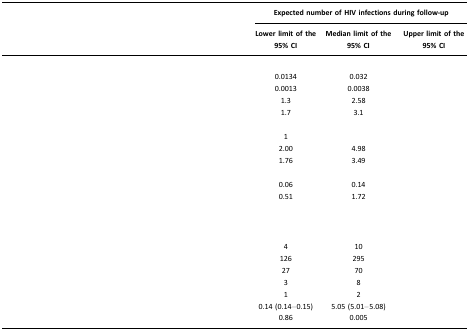
<table><thead><tr><td>[EMPTY_CELL]</td><td colspan="3"><b>Expected number of HIV infections during follow-up</b></td></tr><tr><td>[EMPTY_CELL]</td><td><b>Lower limit of the 95% CI</b></td><td><b>Median limit of the 95% CI</b></td><td><b>Upper limit of the 95% CI</b></td></tr></thead><tbody><tr><td colspan="4">[EMPTY_CELL]</td></tr><tr><td>[EMPTY_CELL]</td><td>0.0134</td><td>0.032</td><td>[EMPTY_CELL]</td></tr><tr><td>[EMPTY_CELL]</td><td>0.0013</td><td>0.0038</td><td>[EMPTY_CELL]</td></tr><tr><td>[EMPTY_CELL]</td><td>1.3</td><td>2.58</td><td>[EMPTY_CELL]</td></tr><tr><td>[EMPTY_CELL]</td><td>1.7</td><td>3.1</td><td>[EMPTY_CELL]</td></tr><tr><td>[EMPTY_CELL]</td><td>[EMPTY_CELL]</td><td>[EMPTY_CELL]</td><td>[EMPTY_CELL]</td></tr><tr><td>[EMPTY_CELL]</td><td>1</td><td>[EMPTY_CELL]</td><td>[EMPTY_CELL]</td></tr><tr><td>[EMPTY_CELL]</td><td>2.00</td><td>4.98</td><td>[EMPTY_CELL]</td></tr><tr><td>[EMPTY_CELL]</td><td>1.76</td><td>3.49</td><td>[EMPTY_CELL]</td></tr><tr><td>[EMPTY_CELL]</td><td>[EMPTY_CELL]</td><td>[EMPTY_CELL]</td><td>[EMPTY_CELL]</td></tr><tr><td>[EMPTY_CELL]</td><td>0.06</td><td>0.14</td><td>[EMPTY_CELL]</td></tr><tr><td>[EMPTY_CELL]</td><td>0.51</td><td>1.72</td><td>[EMPTY_CELL]</td></tr><tr><td colspan="4">[EMPTY_CELL]</td></tr><tr><td>[EMPTY_CELL]</td><td>[EMPTY_CELL]</td><td>[EMPTY_CELL]</td><td>[EMPTY_CELL]</td></tr><tr><td>[EMPTY_CELL]</td><td>4</td><td>10</td><td>[EMPTY_CELL]</td></tr><tr><td>[EMPTY_CELL]</td><td>126</td><td>295</td><td>[EMPTY_CELL]</td></tr><tr><td>[EMPTY_CELL]</td><td>27</td><td>70</td><td>[EMPTY_CELL]</td></tr><tr><td>[EMPTY_CELL]</td><td>3</td><td>8</td><td>[EMPTY_CELL]</td></tr><tr><td>[EMPTY_CELL]</td><td>1</td><td>2</td><td>[EMPTY_CELL]</td></tr><tr><td>[EMPTY_CELL]</td><td>0.14 (0.14–0.15)</td><td>5.05 (5.01–5.08)</td><td>[EMPTY_CELL]</td></tr><tr><td>[EMPTY_CELL]</td><td>0.86</td><td>0.005</td><td>[EMPTY_CELL]</td></tr></tbody></table>